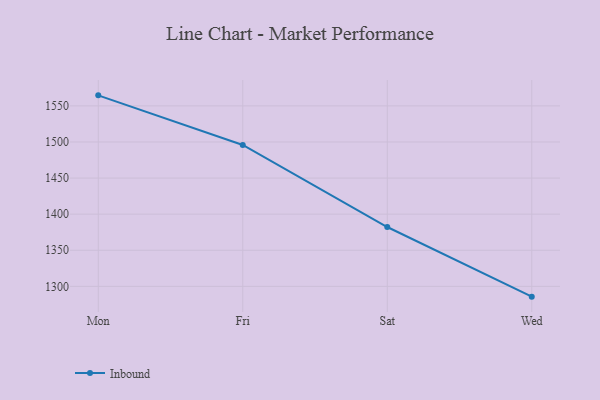
{"axis": {"x": "Day", "y": "Headcount"}, "legend": ["Inbound"], "data": [{"x": "Mon", "y": 1564.6, "type": "Inbound"}, {"x": "Fri", "y": 1495.9, "type": "Inbound"}, {"x": "Sat", "y": 1382.2, "type": "Inbound"}, {"x": "Wed", "y": 1285.7, "type": "Inbound"}]}